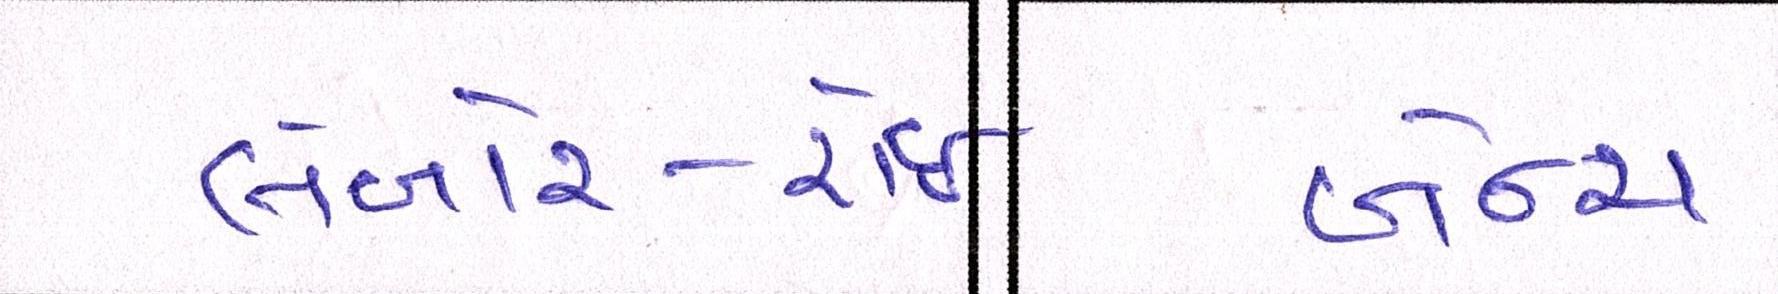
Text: લેબોર-રોઈ